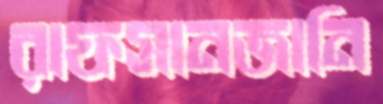
রাফসানজানি